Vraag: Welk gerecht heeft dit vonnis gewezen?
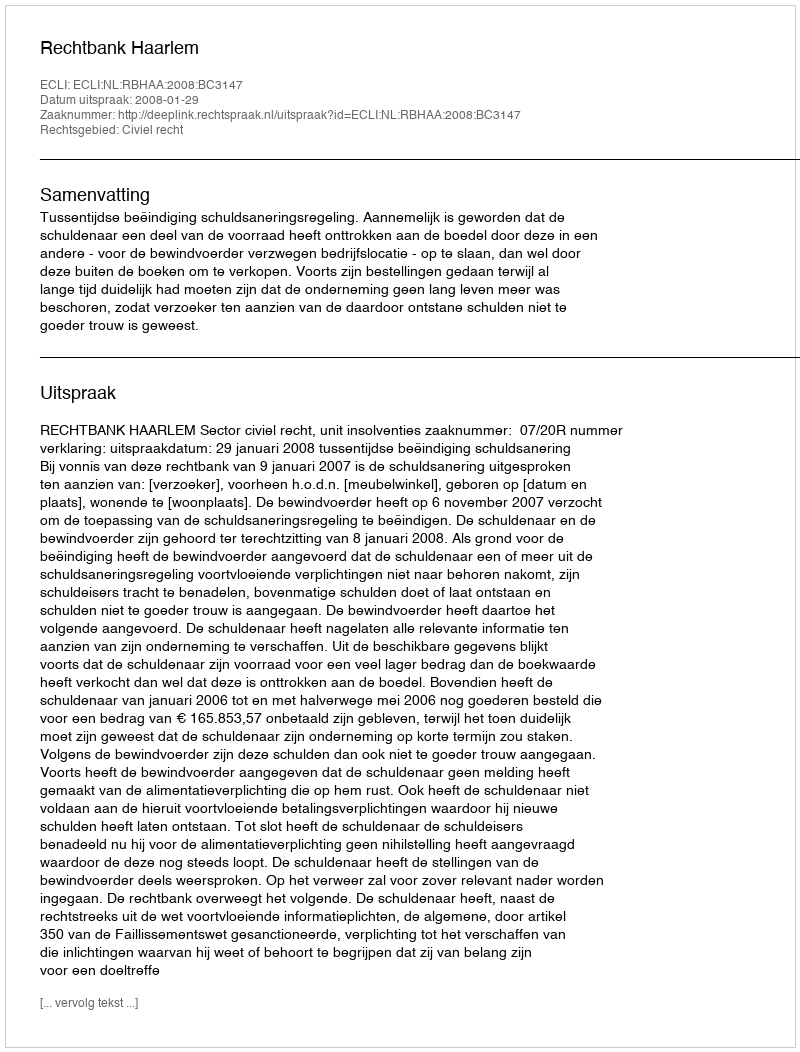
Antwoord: Rechtbank Haarlem